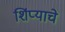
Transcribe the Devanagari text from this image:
शिंप्याचे